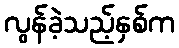
လွန်ခဲ့သည့်နှစ်က